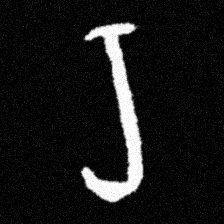
Pyu character \u2014 Myanmar letter: ရ (romanized: ra)